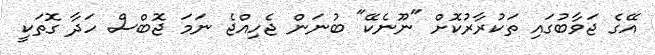
އޭގެ ޖަވާބުގައި ތަކުރާރުކޮށް "ނޫނެކޭ" ބުނަން ޖެހިއްޖެ ނަމަ ޖޮބްސް ހަދާ ގޮތަކީ